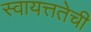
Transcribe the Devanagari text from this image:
स्वायत्ततेची